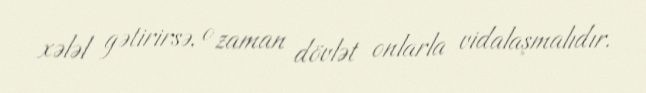
xələl gətirirsə, o zaman dövlət onlarla vidalaşmalıdır.